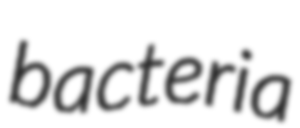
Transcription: bacteria